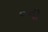
૦ની